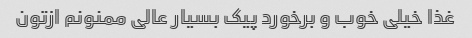
غذا خیلی خوب و برخورد پیک بسیار عالی ممنونم ازتون